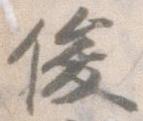
俊